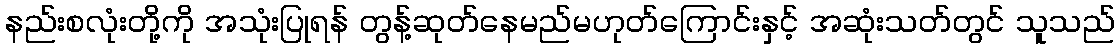
နည်းစလုံးတို့ကို အသုံးပြုရန် တွန့်ဆုတ်နေမည်မဟုတ်ကြောင်းနှင့် အဆုံးသတ်တွင် သူသည်